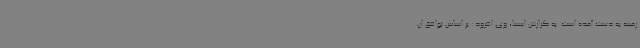
زمینه به دست آمده است. به گزارش ایسنا، وی افزود: بر اساس توافق ان